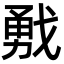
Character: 𢧙